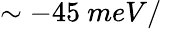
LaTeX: \sim-45\ meV/\